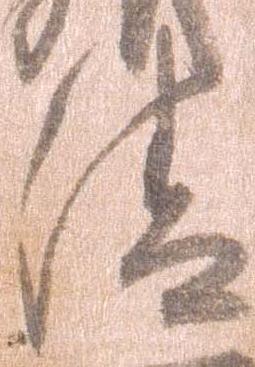
清